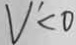
V ^ { \prime } < 0